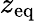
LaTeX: z_{\mathrm{eq}}